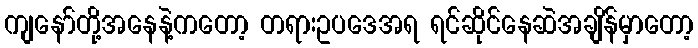
ကျနော်တို့အနေနဲ့ကတော့ တရားဥပဒေအရ ရင်ဆိုင်နေဆဲအချိန်မှာတော့